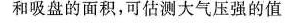
和吸盘的面积，可估测大气压强的值